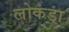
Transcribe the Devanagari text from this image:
लोकंडा